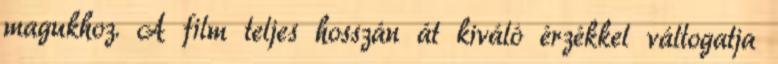
magukhoz. A film teljes hosszán át kiváló érzékkel váltogatja